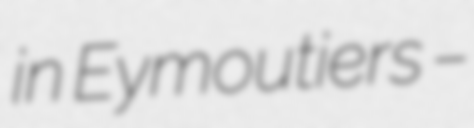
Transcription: in Eymoutiers –